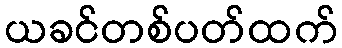
ယခင်တစ်ပတ်ထက်